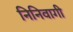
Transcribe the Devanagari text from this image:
निनिवागी